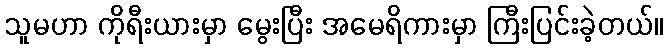
သူမဟာ ကိုရီးယားမှာ မွေးပြီး အမေရိကားမှာ ကြီးပြင်းခဲ့တယ်။